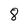
Character: 8